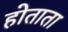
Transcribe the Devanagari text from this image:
होताता